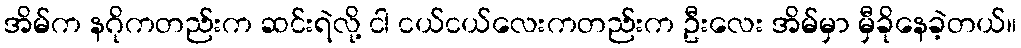
အိမ်က နဂိုကတည်းက ဆင်းရဲလို့ ငါ ငယ်ငယ်လေးကတည်းက ဦးလေး အိမ်မှာ မှီခိုနေခဲ့တယ်။